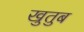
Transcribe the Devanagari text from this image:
खुतुब